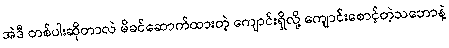
အဲဒီ တစ်ပါးဆိုတာလဲ မိခင်ဆောက်ထားတဲ့ ကျောင်းရှိလို့ ကျောင်းစောင့်တဲ့သဘောနဲ့